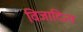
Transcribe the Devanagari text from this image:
विजादित्य